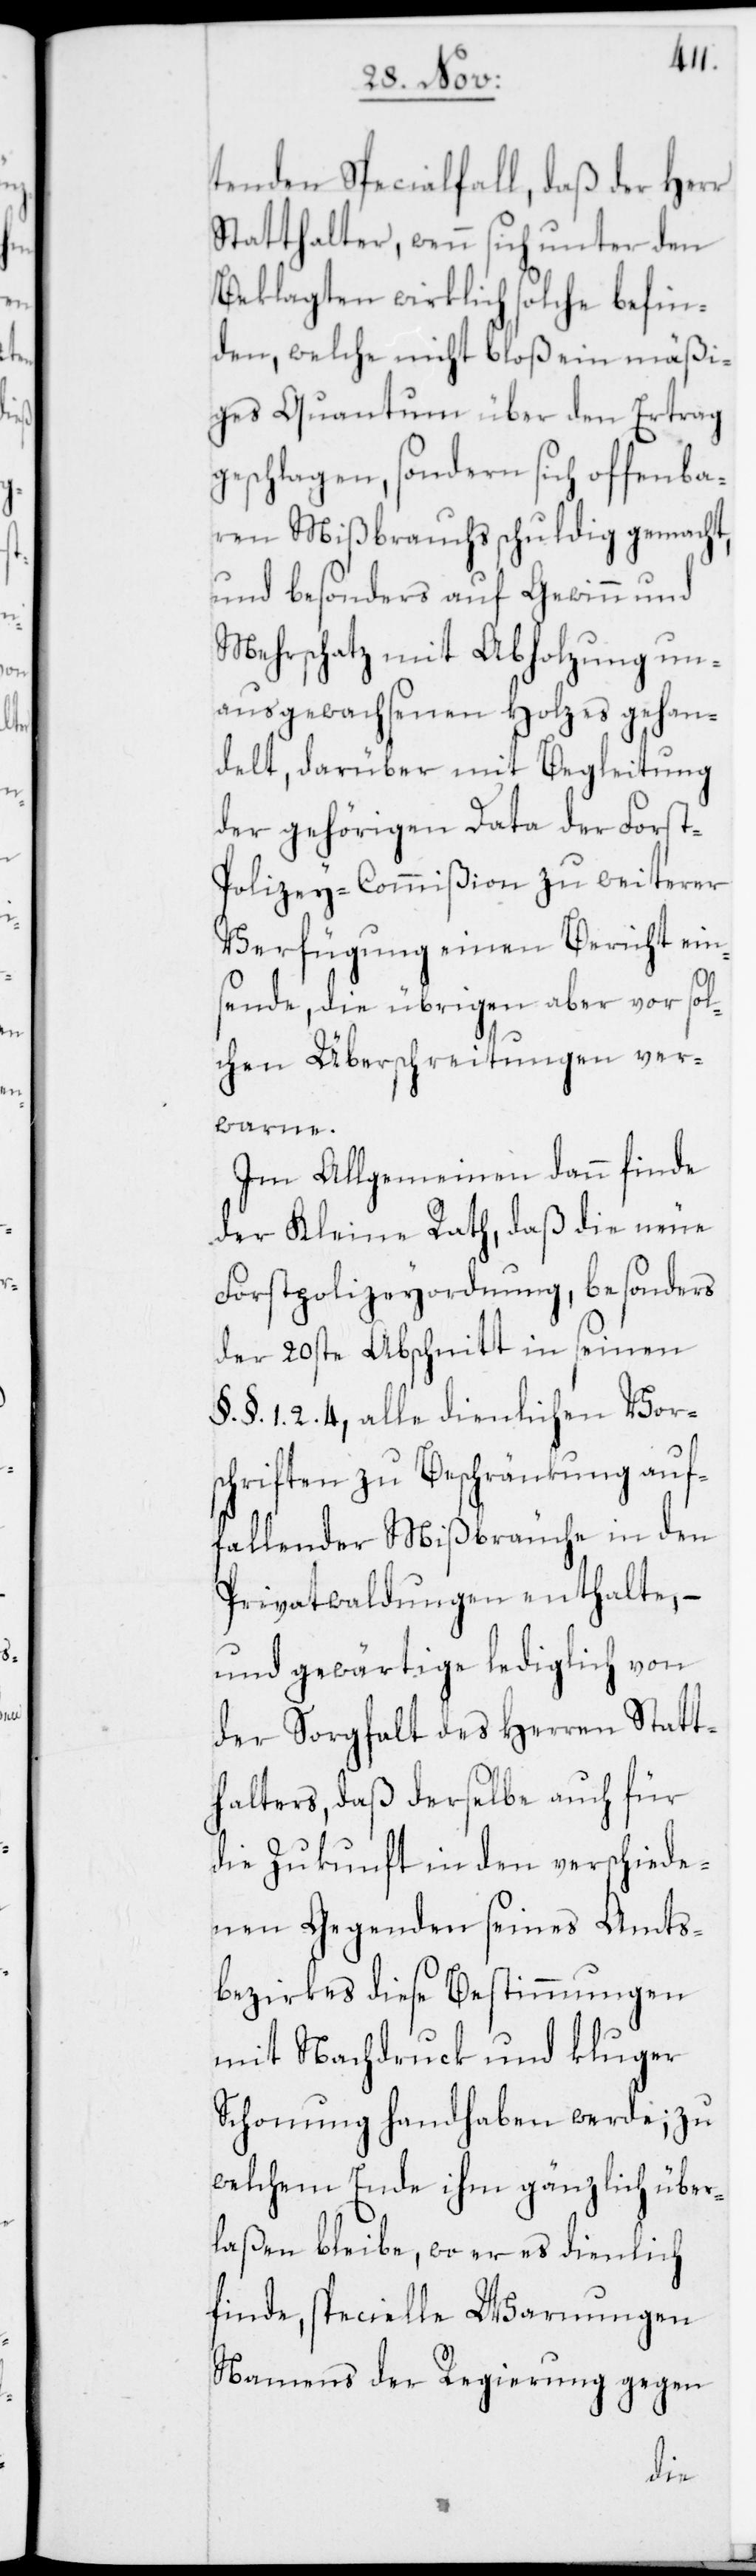
tenden Specialfall, daß der Herr
Statthalter, wenn sich unter den
Beklagten wirklich solche befin¬
den, welche nicht bloß ein mäßi¬
ges Quantum über den Ertrag
geschlagen, sondern sich offenba¬
ren Mißbrauchs schuldig gemacht,
und besonders auf Gewinn und
Mehrschatz mit Abholzung un¬
ausgewachsenen Holzes gehan¬
delt, darüber mit Begleitung
der gehörigen Data der Fors¬
t-Polizey-Commißion zu weiterer
Verfügung einen Bericht ein¬
sende, die übrigen aber vor sol¬
chen Überschreitungen ver¬
warne.
Im Allgemeinen dann finde
der Kleine Rath, daß die neue
Forstpolizeyordnung, besonders
der 20ste Abschnitt in seinen
1. 2. 4, alle dienlichen Vors¬
chriften zu Beschränkung auf¬
fallender Mißbräuche in den
Privatwaldungen enthalte,
und gewärtige lediglich von
der Sorgfalt des Herren Statt¬
halters, daß derselbe auch für
die Zukunft in den verschiede¬
nen Gegenden seines Amts¬
bezirkes diese Bestimmungen
mit Nachdruck und kluger
Schonung handhaben werde; zu
welchem Ende ihm gänzlich über¬
laßen bleibe, wo er es dienlich
finde, specielle Warnungen
Namens der Regierung gegen